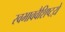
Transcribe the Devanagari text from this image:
स्वभाववैशिष्टय़े